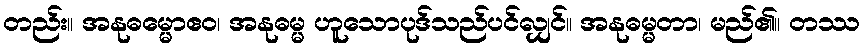
တည်း။ အနုဓမ္မောဧဝ၊ အနုဓမ္မ ဟူသောပုဒ်သည်ပင်လျှင်။ အနုဓမ္မတာ၊ မည်၏။ တဿ